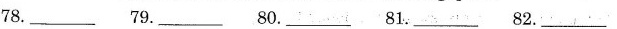
78.____ 79.___ 80.___ 81.___ 82.___